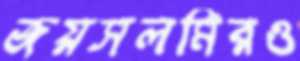
জয়সলমিরও